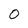
Character: 0